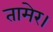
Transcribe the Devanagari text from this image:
तामेर।